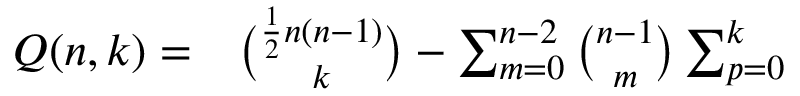
\begin{array} { r l } { Q ( n , k ) = } & { { } \binom { \frac 1 2 n ( n - 1 ) } { k } - \sum _ { m = 0 } ^ { n - 2 } { \binom { n - 1 } { m } } \sum _ { p = 0 } ^ { k } } \end{array}